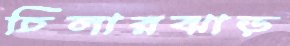
চিলারঝাড়